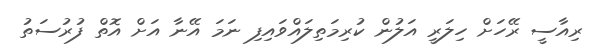
ރިއާސީ ރޭހަށް ހިލަރީ އަލުން ކުރިމަތިލައްވައިފި ނަމަ އޭނާ އަށް އޮތް ފުރުސަތު